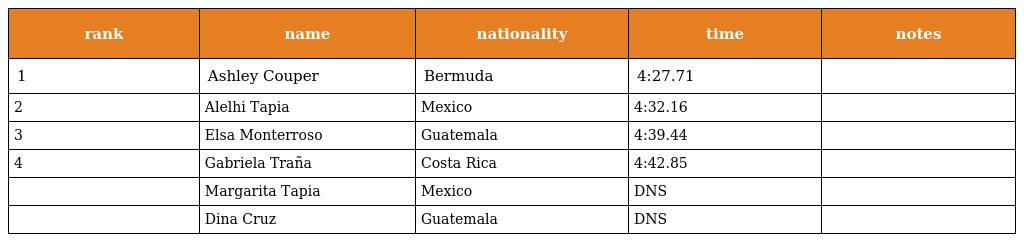
| rank | name | nationality | time | notes |
 | --- | --- | --- | --- | --- |
 | 1 | Ashley Couper | Bermuda | 4:27.71 |  |
 | 2 | Alelhi Tapia | Mexico | 4:32.16 |  |
 | 3 | Elsa Monterroso | Guatemala | 4:39.44 |  |
 | 4 | Gabriela Traña | Costa Rica | 4:42.85 |  |
 |  | Margarita Tapia | Mexico | DNS |  |
 |  | Dina Cruz | Guatemala | DNS |  |